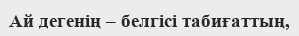
Ай дегенің – белгісі табиғаттың,